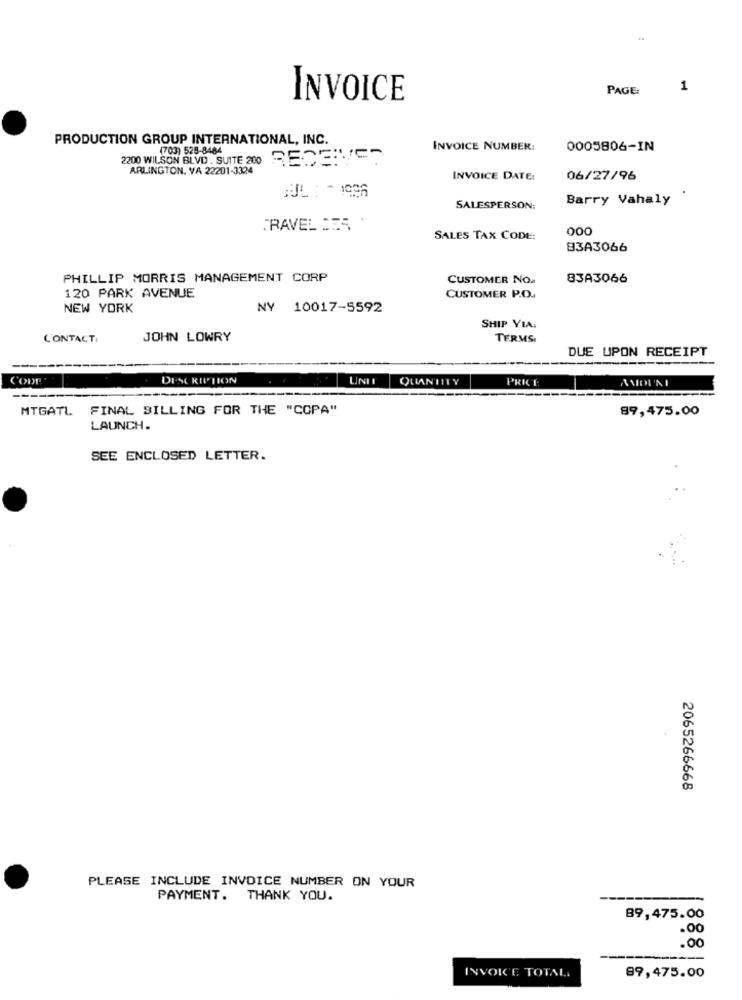
PAGE:
1
INVOICE
PRODUCTION GROUP INTERNATIONAL, INC.
(703) 528-8484
INVOICE NUMBER:
0005806-IN
2200 WILSON BLVD . SUITE 200 RECEIVES
ARLINGTON. VA 22201-3324
INVOICE DATE:
06/27/96
Barry Vahaly
SALESPERSON:
TRAVEL DER
000
SALES TAX CODE:
83A3066
PHILLIP MORRIS MANAGEMENT CORP
CUSTOMER NO.
83A3066
120 PARK AVENUE
CUSTOMER P.O.
NEW YORK
NY 10017-5592
SHIP VIA.
CONTACT:
JOHN LOWRY
TERMS.
DUE UPON RECEIPT
---
CODE
DESCRIPTION
QUANTITY
PRICE
---
MTGATL FINAL BILLING FOR THE "COPA"
89,475.00
LAUNCH.
SEE ENCLOSED LETTER.
2065266668
PLEASE INCLUDE INVOICE NUMBER ON YOUR
PAYMENT. THANK YOU.
89,475.00
.00
.00
INVOICE TOTAL
99,475.00